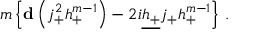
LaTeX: m \left\{ { \bf d } \left( j _ { + } ^ { 2 } h _ { + } ^ { m - 1 } \right) - 2 i \underline { { { h _ { + } } } } j _ { + } h _ { + } ^ { m - 1 } \right\} \, .